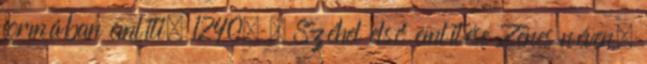
formában említi. 1240. – Széhel első említése Zenes néven.